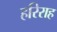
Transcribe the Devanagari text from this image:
हरिराह